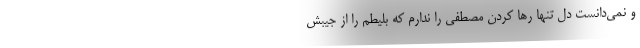
و نمی‌دانست دلِ تنها رها کردن مصطفی را ندارم که بلیطم را از جیبش